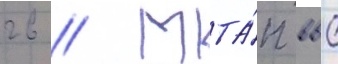
гв // Мта́п ввс